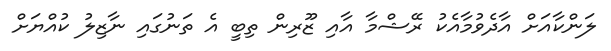
ލަންކާއަށް އާދެވުމާއެކު ރޭޝްމާ އާއި ޒޫރިން ތިބީ އެ ތަނުގައި ނާޒިލު ކުއްޔަށް